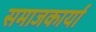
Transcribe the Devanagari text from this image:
समाजकार्या